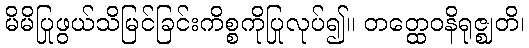
မိမိပြုဖွယ်သိမြင်ခြင်းကိစ္စကိုပြုလုပ်၍။ တတ္ထေဝနိရုဇ္ဈတိ၊